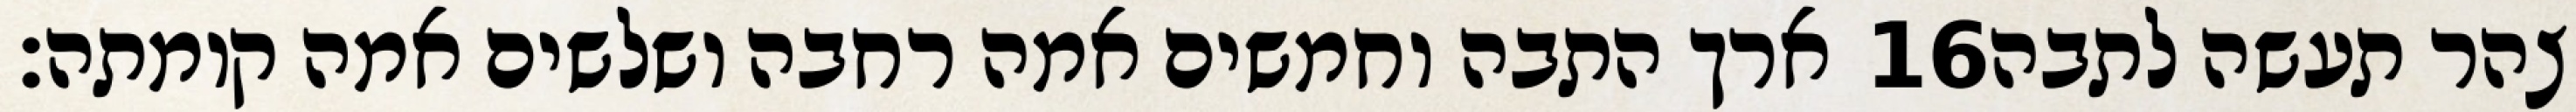
ארך התבה וחמשים אמה רחבה ושלשים אמה קומתה׃ ‎16‏ צהר תעשה לתבה